Lunatic asylums United Provinces 1899-1908 - 1899-1908
Year: 1899
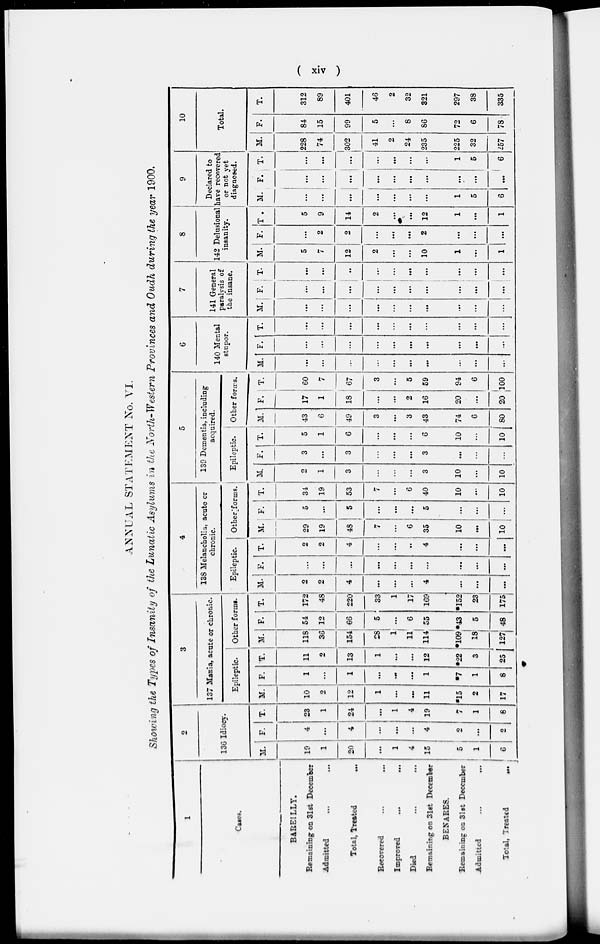
( xiv )
ANNUAL STATEMENT No. VI.
Showing the Types of Insanity of the Lunatic Asylums in the North-Western Provinces and Oudh during the year 1900.
1
Cases.
BAREILLY.
Remaining on 31st December
Admitted … …
Total, Treated …
Beeorered
...
…
Improved
...
...
Died … …
Remaining on 31st December
BENARES.
Remaining on 31st December
Admitted
...
...
Total, Treated …
2
136 Idiocy.
M.
19
1
20
…
1
4
15
5
1
6
F.
4
...
4
…
…
…
4
2
...
2
T.
23
1
24
…
1
4
19
7
1
8
3
137 Mania, acute or chronic.
Epileptic.
M.
10
2
12
1
…
…
11
*15
2
17
F.
1
…
1
…
…
…
1
*7
1
8
T.
11
2
13
1
…
...
12
*22
3
25
Other forms.
M.
118
36
154
28
1
11
114
*109
18
127
F.
54
12
66
5
…
6
55
*43
5
48
T.
172
48
220
33
1
17
169
*152
23
175
4
138 Melancholia, acute or
chronic.
Epileptic.
M.
2
2
4
…
…
...
4
...
…
…
F.
...
…
…
…
…
…
...
…
…
…
T.
2
2
4
...
…
..
4
…
…
…
Other forms.
M.
29
19
48
7
…
6
35
10
…
10
F.
5
…
5
…
…
…
5
…
…
...
T.
34
19
53
7
…
6
40
10
…
10
5
139 Dementia, including
acquired.
Epileptic.
M.
2
1
3
...
…
...
3
10
...
10
F.
3
...
3
...
...
…
3
…
...
...
T.
5
1
6
…
…
…
6
10
...
10
Other forms.
M.
43
6
49
3
…
3
43
74
6
80
F.
17
1
18
…
…
2
16
20
…
20
T.
60
7
67
3
...
5
59
94
6
100
6
140 Mental
stupor.
M.
…
...
…
…
...
…
…
…
…
…
F.
…
…
…
…
…
…
…
…
…
…
T.
…
…
…
…
...
…
...
…
…
…
7
141 General
paralysis of
the insane.
M.
…
…
…
…
...
…
…
…
...
...
F.
...
...
…
…
…
...
…
…
…
…
T.
…
...
..
...
...
…
…
…
…
…
8
142 Delusional
insanity.
M.
5
7
12
2
…
…
10
1
…
1
F.
…
2
2
…
…
…
2
…
…
…
T .
5
9
14
2
…
…
12
1
…
1
9
Declared to
have recovered
or not yet
diagnosed.
M.
…
…
…
…
…
…
…
1
5
6
F.
…
…
…
…
…
...
…
…
…
…
T.
…
…
…
…
…
...
…
1
5
6
10
Total.
M.
228
74
302
41
2
24
235
225
32
257
F.
84
15
99
5
...
8
86
72
6
78
T.
312
89
401
46
2
32
321
297
38
335